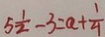
5 \frac { 1 } { 2 } - 3 = a + \frac { 1 } { 4 }